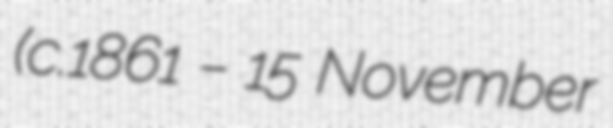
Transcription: (c.1861 – 15 November